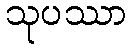
သုပဿာ